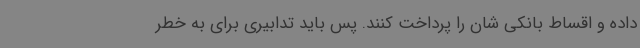
داده و اقساط بانکی شان را پرداخت کنند. پس باید تدابیری برای به خطر